Lunatic asylums Madras 1877-1891 - 1877-1891
Year: 1877
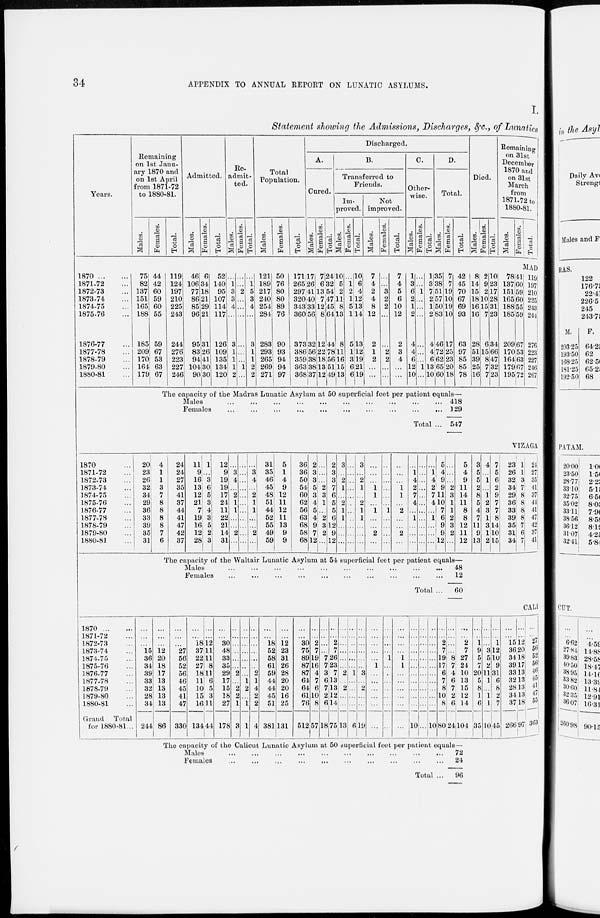
34
APPENDIX TO ANNUAL REPORT ON LUNATIC ASYLUMS.
I.
Statement showing the Admissions, Discharges, &c., of Lunatics
Years.
1870
...
...
1871-72 ...
1872-73 ...
1873-74 ...
1874-75 ...
1875-76 ...
1876-77 ...
1877-78 ...
1878-79 ...
1879-80 ...
1880-81 ...
Remaining
on 1st Janu-
ary 1870 and
on 1st April
from 1871-72
to 1880-81.
Mal es .
75
82
137
151
165
188
185
209
170
164
179
Females.
44
42
60
59
60
55
59
67
53
63
67
Total.
119
124
197
210
225
243
244
276
223
227
246
Admitted.
Mal es .
46
106
77
86
85
96
95
83
94
104
90
Females.
6
34
18
21
29
21
31
26
41
30
30
Total.
52
140
95
107
114
117
126
109
135
134
120
Re-
admit-
ted.
Males.
...
1
3
3
4
...
3
1
1
1
2
Females.
...
...
2
...
...
...
...
...
...
1
...
Total.
...
1
5
3
4
...
3
1
1
2
2
Total
Population.
Males.
121
189
217
240
254
284
283
293
265
269
271
Females.
50
76
80
80
89
76
90
93
94
94
97
Total.
171
265
297
320
343
360
373
386
359
363
368
Discharged.
A.
Males.
17
26
41
40
33
56
32
56
38
38
37
Females.
7
6
13
7
12
8
12
22
18
13
12
Total.
24
32
54
47
45
64
44
78
56
51
49
B.
Transferred to Friends.
Im-
proved.
Mal es .
10
5
2
11
8
13
8
11 16
15
13
Females.
...
1
2
1
5
1
5
1
3
6
6
Total.
10
6
4
12
13
14
13
12
l9
21
19
Not
improved.
Mal es .
7
4
2
4
8
12
2
1
2
...
...
Females.
...
...
3
2
2
...
...
2
2
...
...
Total.
7
4
5
6
10
12
2
3
4
...
...
C.
Other-
wise.
Ma l
e s .
1
3
6
2
1
2
4
4
6
12
10
Fe ma l
e s .
...
...
1
...
...
...
...
...
...
1
...
Total.
1
3
7
2
1
2
4
4
6
13
10
D.
Total.
Mal es .
35
38
51
57
50
83
46
72
62
65
60
Females.
7
7
19
10
19
10
17
25
23
20
18
Total.
42
45
70
67
69
93
63
97
85
85
78
Died.
Mal es .
8
14
15
18
16
16
28
51
39
25
16
Females.
2
9
2
10
15
7
6
15
8
7
7
Tot al .
10
23
17
28
31
23
34
66
47
32
23
Remaining
on 31st
December
1870 and
on 31st
March
1871-72 to
1880-81.
Mal es .
78
137
151
165
188
185
209
170
164
179
195
Females.
41
60
59
60
55
59
67
53
63
67
72
Total.
MAD
119
197
210
225
243
241
276
223
227
246
267
The capacity of the Madras Lunatic Asylum at 50 superficial feet per patient equals—
Males ... ... ... ... ... ... ... ...
Females
...
...
...
...
...
...
...
...
Total ...
418
129
547
VIZAGA
1870 ...
1871-72 ...
1872-73 ...
1873-74 ...
1874-75 ...
1875-76 ...
1876-77 ...
1877-78 ...
1878-79 ...
1879-80 ...
1880-81 ...
20
23
26
32
34
29
36
33
39
35
31
4
1
1
3
7
8
8
8
8
7
6
24
24
27
35
41
37
44
41
47
42
37
11
9
16
13
12
21
7
19
16
12
28
1
...
3
6
5
3
4
3
5
2
3
12
9
19
19
17
24
11
22
21
14
31
...
3
4
...
2
1
1
...
...
2
...
...
...
...
...
...
...
...
...
...
...
...
...
3
4
...
2
1
1
...
...
2
...
31
35
46
45
48
51
44
52
55
49
59
5
1
4
9
12
11
12
11
13
9
9
36
36
50
54
60
62
56
63
68
58
68
2
3
3
5
3
4
5
4
9
7
12
...
...
...
2
3
1
...
2
3
2
...
2
3
3
7
6
5
5
6
12
9
12
3
...
2
1
...
2
1
1
...
...
...
...
...
...
...
...
...
...
..
...
...
...
3
...
2
1
...
2
1
1
...
...
...
...
...
...
1
1
...
1
...
...
2
...
...
...
...
...
...
...
1
...
...
...
...
...
...
...
1
1
...
2
...
...
2
...
...
1
4
2
7
4
...
1
...
...
...
...
...
...
...
...
...
...
...
...
...
...
...
1
4
2
7
4
...
1
...
...
...
5
4
9
9
11
10
7
6
9
9
12
...
...
...
2
3
1
1
2
3
2
...
5
4
9
11
14
11
8
8
12
11
12
3
5
5
2
8
5
4
7
11
9
13
4
...
1
...
1
2
3
1
3
1
2
7
5
6
2
9
7
7
8
14
10
15
23
26
32
34
29
36
33
39
35
31
34
1
1
3
7
8
8
8
8
7
6
7
24
27
35
41
37
44
41
47
42
37
41
The capacity of the Waltair Lunatic Asylum at 54 superficial feet per patient equals—
Males
Females
... ... ... ... ... ... ... ...
... ... ... ... ... ... ... ...
Total ...
48
12
60
CALI
1870
...
...
1871-72 ...
1872-73 ...
1873-74 ...
1874-75 ...
1875-76 ...
1876-77 ...
1877-78 ...
1878-79 ...
1879-80 ...
1880-81 ...
Grand
Total
for 1880-81...
...
...
...
15
36
34
39
33
32
28
34
244
...
...
...
12
20
18
17
13
13
13
13
86
...
...
...
27
56
52
56
46
45
41
47
330
...
...
18
37
22
27
18
11
10
15
16
134
...
...
12
11
11
8
11
6
5
3
11
44
...
...
30
48
33
35
29
17
15
18
27
178
...
...
...
...
...
...
2
...
2
2
1
3
...
...
...
...
...
...
...
1
2
...
1
1
...
...
...
...
...
...
2
1
4
2
2
4
...
...
18
52
58
61
59
44
44
45
51
381
...
...
12
23
31
26
28
20
20
16
25
131
...
...
30
75
89
87
87
64
64
61
76
512
...
...
2
7
19
16
4
7
6
10
8
57
...
...
...
...
7
7
3
6
7
2
6
18
...
...
2
7
26
23
7
13
13
12
14
75
...
...
...
...
...
...
2
...
2
...
...
13
...
...
...
...
...
...
1
...
...
...
...
6
...
...
...
...
...
...
3
...
2
...
...
19
...
...
...
...
...
1
...
...
...
...
...
...
...
...
...
...
1
...
...
...
...
...
...
...
...
...
...
...
1
1
...
...
...
...
...
...
...
...
...
...
...
...
...
...
...
...
...
10
...
...
...
..
...
...
...
...
...
...
...
...
...
...
...
...
...
...
...
...
...
...
...
10
...
...
2
7
19
17
6
7
8
10
8
80
...
...
...
...
8
7
4
6
7
2
6
24
...
...
2
7
27
24
10
13
15
12
14
104
...
...
1
9
5
7
20
5
8
1
6
35
...
...
...
3
5
2
11
1
...
1
1
10
...
...
1
12
10
9
31
6
8
2
7
45
...
...
15
36
34
39
33
32
28
34
37
266
...
...
12
20
18
17
13
13
13
13
18
97
...
...
27
56
52
56
46
45
41
47
55
363
The capacity of the Calicut Lunatic Asylum at 50 superficial feet per patient equals—
Males
Females
...
...
...
...
...
...
...
...
...
...
... ... ... ... ... ... ... ... ...
Total ...
72
24
96